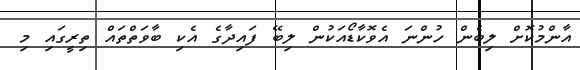
އާންމުކޮށް ލިބެން ހުންނަ އެވޮކާޑޯއަކުން ލިބޭ ފައިދާގެ އެކި ބާވަތްތައް ތިރީގައި މި